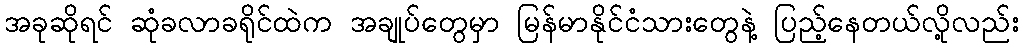
အခုဆိုရင် ဆုံခလာခရိုင်ထဲက အချုပ်တွေမှာ မြန်မာနိုင်ငံသားတွေနဲ့ ပြည့်နေတယ်လို့လည်း